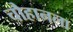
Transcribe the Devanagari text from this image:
चौहानला